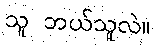
သူ ဘယ်သူလဲ။